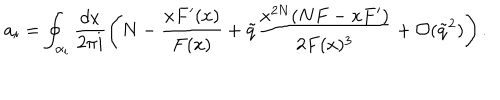
LaTeX: a _ { i } = \oint _ { \alpha _ { i } } \frac { d x } { 2 \pi i } \left( N - \frac { x F ^ { \prime } ( x ) } { F ( x ) } + \tilde { q } \frac { x ^ { 2 N } ( N F - x F ^ { \prime } ) } { 2 F ( x ) ^ { 3 } } + \mathcal { O } ( \tilde { q } ^ { 2 } ) \right) .